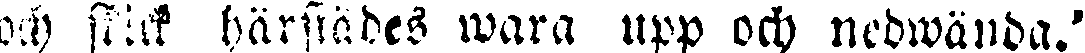
och skick härstädes wara upp och nedwända.'